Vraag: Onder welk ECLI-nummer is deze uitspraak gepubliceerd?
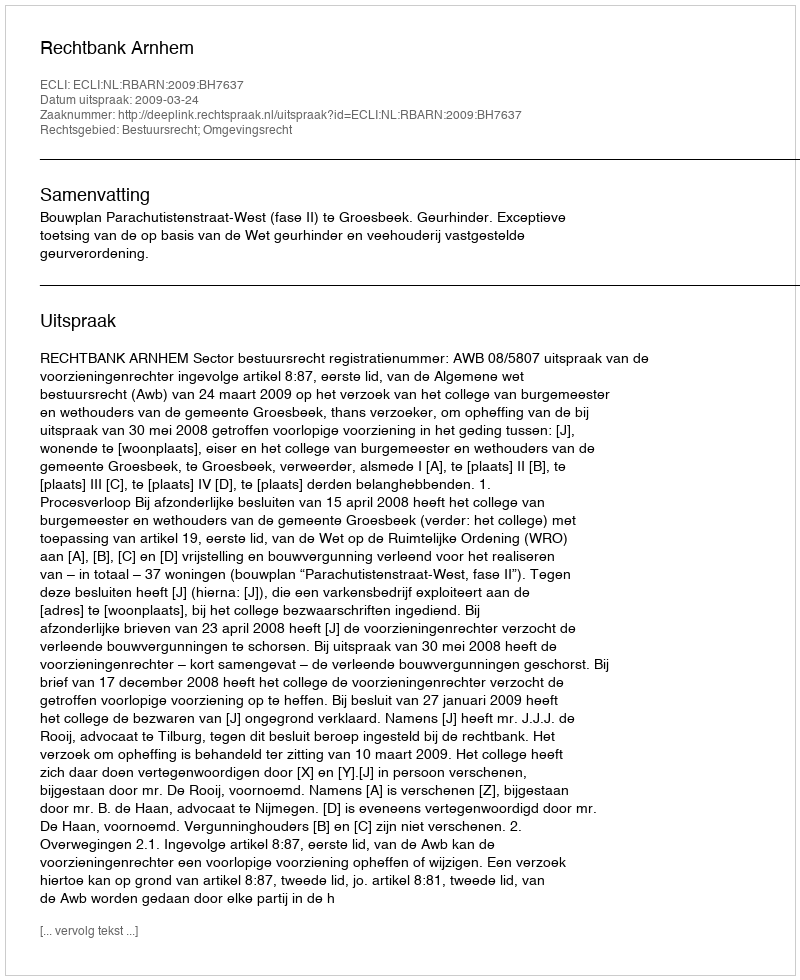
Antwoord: ECLI:NL:RBARN:2009:BH7637